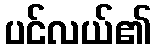
ပင်လယ်၏